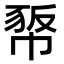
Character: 𢃻